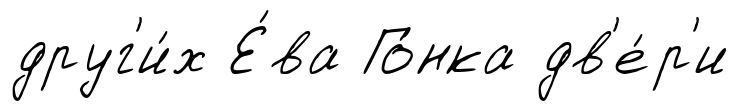
друг'и́х Е́ва Го́нка дв'е́р'и